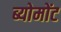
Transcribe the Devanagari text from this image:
ब्योमोंट